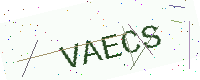
Text: VAECS